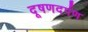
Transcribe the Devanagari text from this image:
दूषणदर्पण